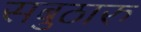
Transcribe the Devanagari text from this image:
सबुठारु